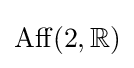
\operatorname {Aff} (2,\mathbb {R} )